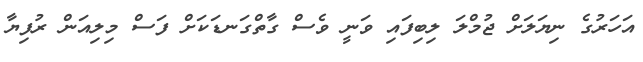
އަހަރުގެ ނިޔަލަށް ޖުމްލަ ލިބިފައި ވަނީ ވެސް ގާތްގަނޑަކަށް ފަސް މިލިއަން ރުފިޔާ